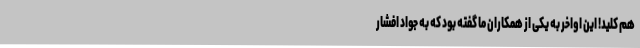
هم کلید! این اواخر به یکی از همکاران ما گفته بود که به جواد افشار